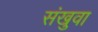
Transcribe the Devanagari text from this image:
संखुवा